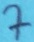
Text: 7